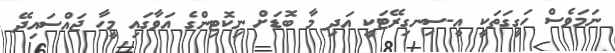
ނަމަވެސް ހަގީގަތަކީ އީ-ސިނގިރޭޓަކީ އަދި މާ ބޮޑަށް ނިކޮޓިންގެ އަވާގައި މީހާ ޖައްސައިދޭ